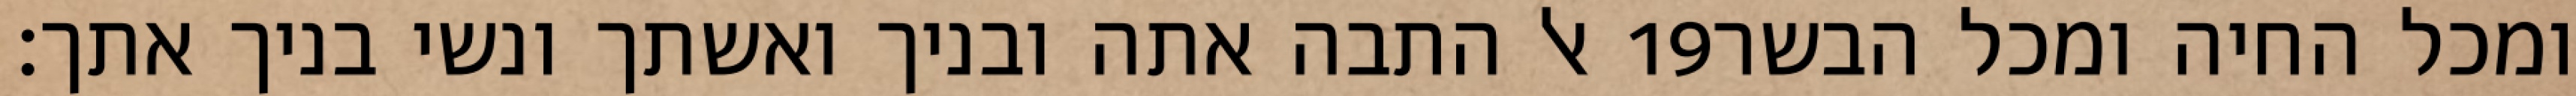
אל התבה אתה ובניך ואשתך ונשי בניך אתך׃ ‎19‏ ומכל החיה ומכל הבשר